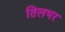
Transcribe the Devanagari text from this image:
तिलभर